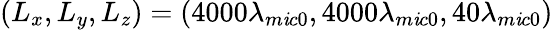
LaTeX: \left({{L}_{x}},{{L}_{y}},{{L}_{z}}\right)=\left(4000{{\lambda}_{m\mathit{i}c0}},4000{{\lambda}_{m\mathit{i}c0}},40{{\lambda}_{m\mathit{i}c0}}\right)